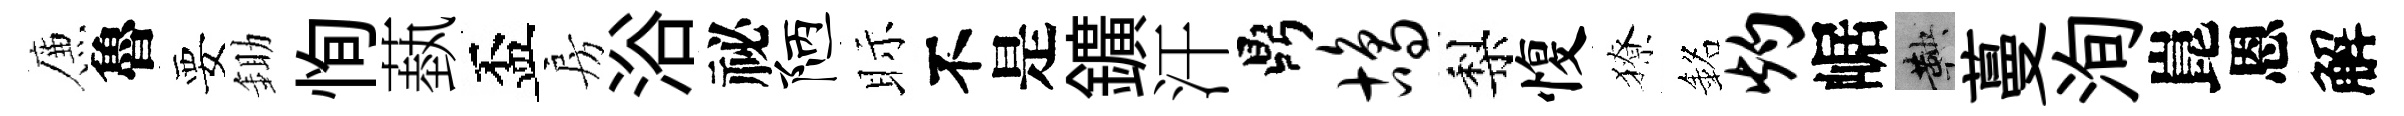
簾魯要鋤恂蓺盃房浴祕陋眎不是鑛汗鼎鸪梨愎獠銘灼崌鞅蔓洵崑恩解